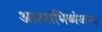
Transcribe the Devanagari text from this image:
आत्‍माभिव्‍यंजना